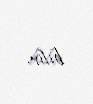
bilir.